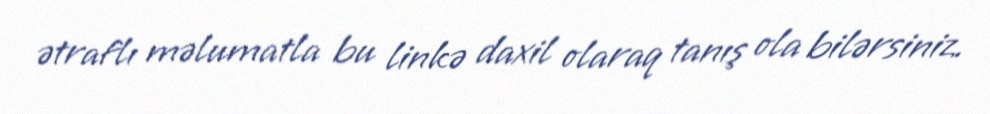
ətraflı məlumatla bu linkə daxil olaraq tanış ola bilərsiniz.